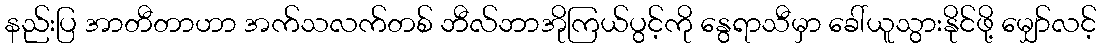
နည်းပြ အာတီတာဟာ အက်သလက်တစ် ဘီလ်ဘာအိုကြယ်ပွင့်ကို နွေရာသီမှာ ခေါ်ယူသွားနိုင်ဖို့ မျှော်လင့်